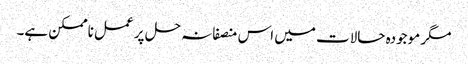
مگر موجودہ حالات میں اس منصفانہ حل پر عمل ناممکن ہے۔